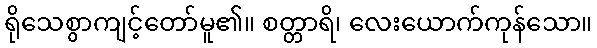
ရိုသေစွာကျင့်တော်မူ၏။ စတ္တာရိ၊ လေးယောက်ကုန်သော။